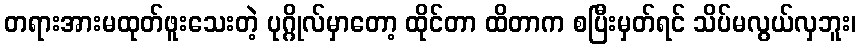
တရားအားမထုတ်ဖူးသေးတဲ့ ပုဂ္ဂိုလ်မှာတော့ ထိုင်တာ ထိတာက စပြီးမှတ်ရင် သိပ်မလွယ်လှဘူး၊